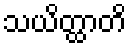
သယိတ္ထာတိ